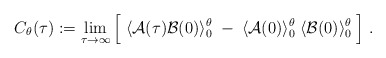
\begin{align*}C_\theta(\tau) := \lim_{\tau \rightarrow \infty} \Big[ \;\langle {\cal A}(\tau) {\cal B}(0) \rangle^\theta_0 \; - \;\langle {\cal A}(0) \rangle^\theta_0 \;\langle {\cal B}(0) \rangle^\theta_0 \; \Big] \; .\end{align*}